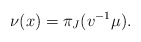
\begin{align*}\nu(x) = \pi_J(v^{-1}\mu).\end{align*}